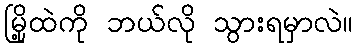
မြို့ထဲကို ဘယ်လို သွားရမှာလဲ။